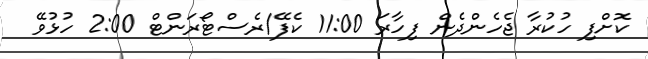
ކޮށްފި ހުކުރާ ޖެހެންދެން ފިހާރަ 11:00 ކެފޭ/ރެސްޓޯރަންޓް 2:00 ހުޅުވޭ